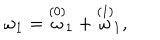
\omega _ { 1 } = \stackrel { \left( 0 \right) } { \omega } _ { 1 } + \stackrel { \left( 1 \right) } { \omega } _ { 1 } ,